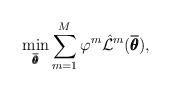
\begin{align*} \min_{\overline{\pmb{\theta}}} \sum_{m=1}^{M} \varphi^m \hat{\mathcal{L}}^m(\overline{\pmb{\theta}}),\end{align*}